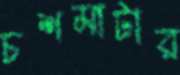
চশমাটার